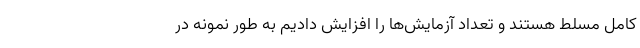
کامل مسلط هستند و تعداد آزمایش‌ها را افزایش دادیم به طور نمونه در